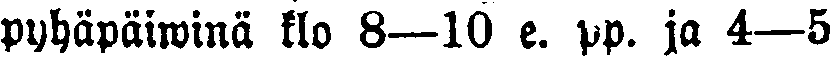
pyhäpäiwinä klo 8—10 e. pp. ja 4—5